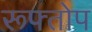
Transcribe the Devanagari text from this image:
रूफ्तोप